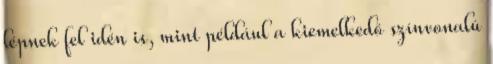
lépnek fel idén is, mint például a kiemelkedő színvonalú